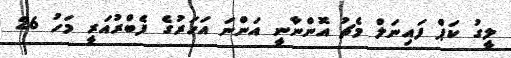
ލީގު ކަޕް ފައިނަލް މެޗު އޮންނާނީ އަންނަ އަހަރުގެ ފެބްރުއަރީ މަހު 26